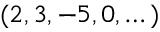
( 2 , 3 , - 5 , 0 , \dots )